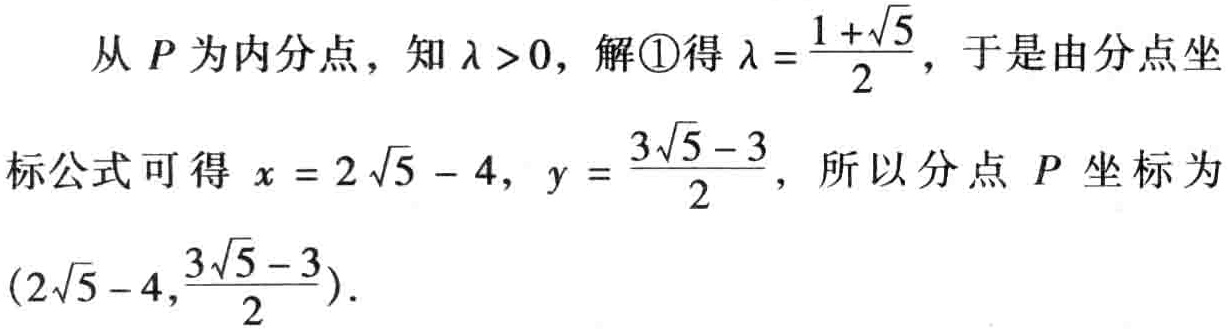
从 \(P\) 为内分点，知 \(\lambda >0\)，解\textcircled{1}得 \(\lambda =\frac{1 + \sqrt{5}}{2}\)，于是由分点坐标公式可得 \(x = 2\sqrt{5} - 4\)，\(y = \frac{3\sqrt{5} - 3}{2}\)，所以分点 \(P\) 坐标为 \((2\sqrt{5} - 4,\frac{3\sqrt{5} - 3}{2})\)。